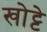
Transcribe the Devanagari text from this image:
खोट्टे